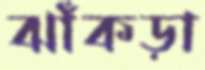
ঝাঁকড়া